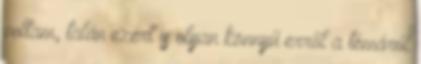
voltam, talán ezért is olyan könnyű erről a témáról